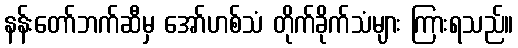
နန်းတော်ဘက်ဆီမှ အော်ဟစ်သံ တိုက်ခိုက်သံများ ကြားရသည်။